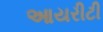
આયરીટી